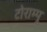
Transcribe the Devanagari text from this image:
टोराम्पू